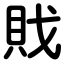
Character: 戝